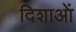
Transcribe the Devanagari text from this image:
दिशाआें